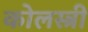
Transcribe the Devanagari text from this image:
कोलस्त्री